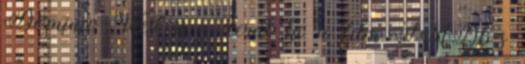
Dominic West is - derül ki a film IMDb-s